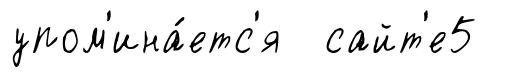
упом'ина́етс'я сайт'е5